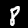
Digit: 8